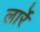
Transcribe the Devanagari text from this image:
लार्रे